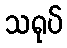
သရုပ်